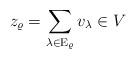
LaTeX: \begin{align*} z_\varrho = \sum \limits_{\lambda \in \mathrm E_\varrho} v_\lambda \in V\end{align*}